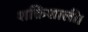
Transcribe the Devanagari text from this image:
शक्तिशाली।